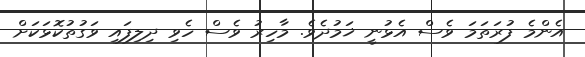
އެންމެ ފުރަތަމަ ވެސް އެޅުނީ ޚަމުދެވެ. މާހިރު ވެސް ހެވި ދިލިފައި ވަގުތުކޮޅަކަށް